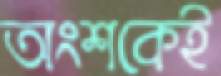
অংশকেই